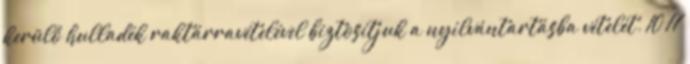
kerülő hulladék raktárravételével biztosítjuk a nyilvántartásba vételét. 10 17